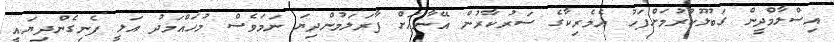
އިސްލާމްދީން ގަބޫލުކުރުމަށްފަހު އެމެރިކާގެ ސަރުކާރުން އޭނާއަށް ފާރަލަމުންދިޔަ ނަމަވެސް މުހައްމަދު އަލީ ފެނިގެންދިޔައީ